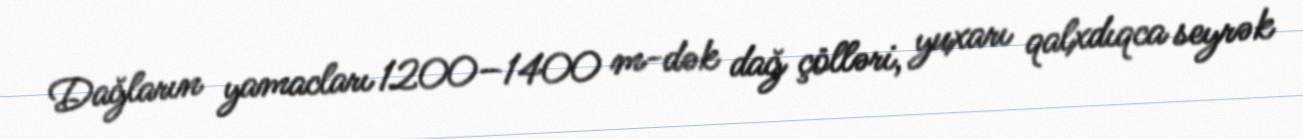
Dağların yamacları 1200–1400 m-dək dağ çölləri, yuxarı qalxdıqca seyrək